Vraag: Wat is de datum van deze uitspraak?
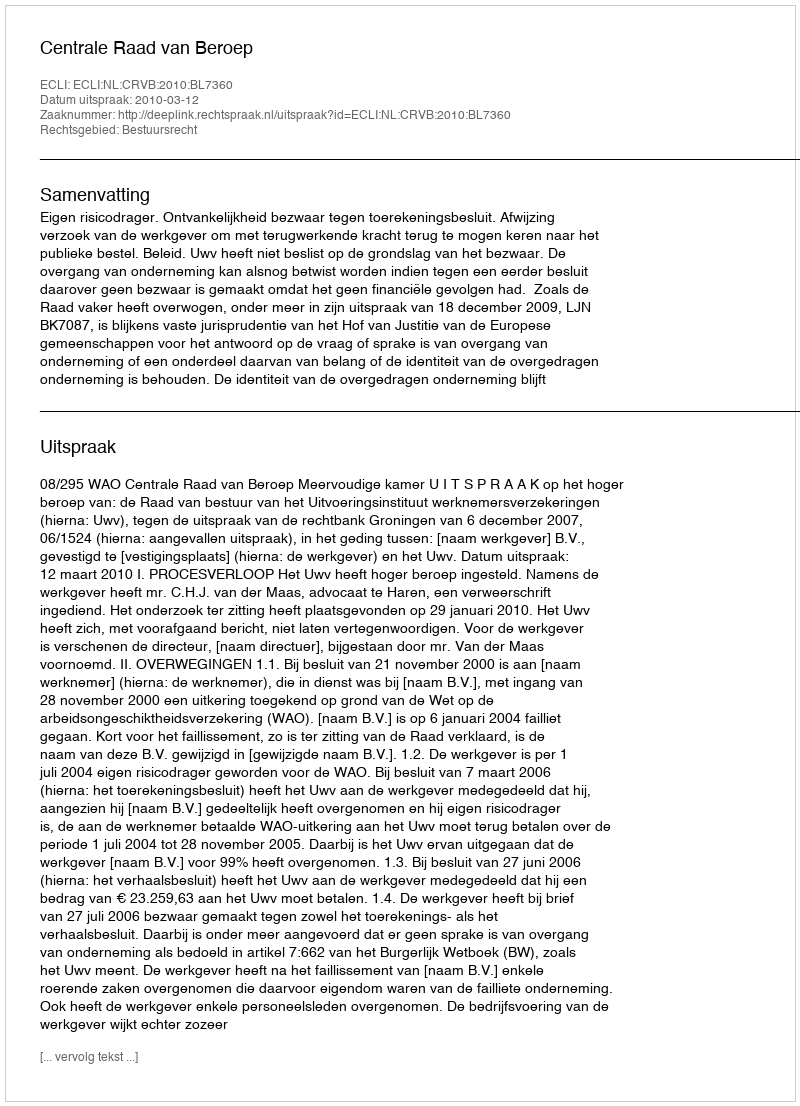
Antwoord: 2010-03-12